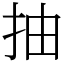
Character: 抽